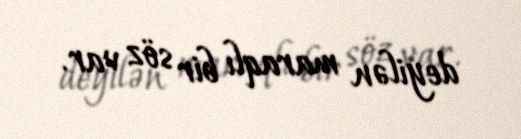
deyilən maraqlı bir söz var.